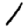
Digit: 1